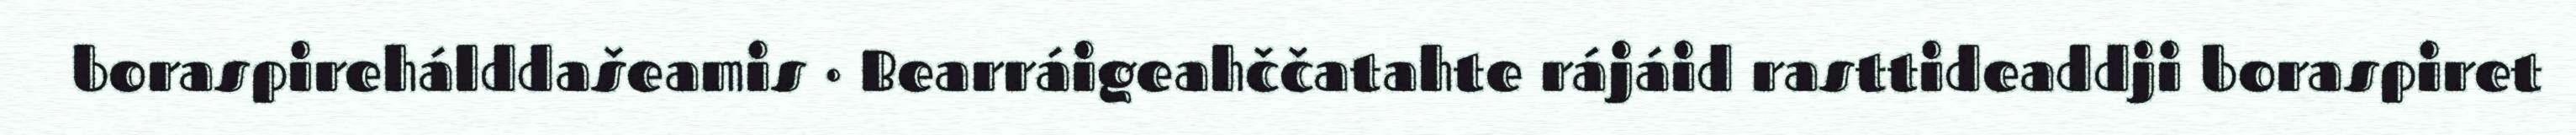
boraspirehálddašeamis · Bearráigeahččatahte rájáid rasttideaddji boraspiret